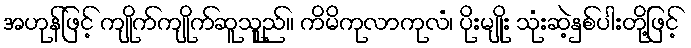
အဟုန်ဖြင့် ကျိုက်ကျိုက်ဆူသုူည်။ ကိမိကုလာကုလံ၊ ပိုးမျိုး သုံးဆဲ့နှစ်ပါးတို့ဖြင့်